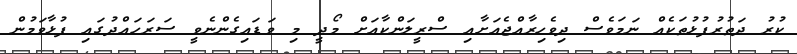
ކުރު ދަތުރުފުޅުތަކެއް ނަމަވެސް ދިވެހިރާއްޖެއަށާއި ސްރީލަންކާއަށް މޯދީ މި ވަޑައިގެންނެވީ ސަރަހައްދުގައި ފުޅާވަމުން